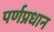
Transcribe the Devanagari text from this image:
पर्णप्रधान